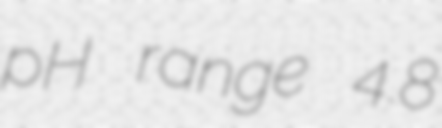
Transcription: pH range 4.8